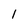
Character: 1